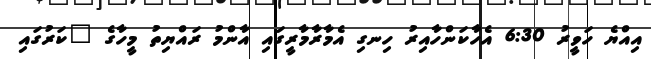
އިއްޔެ ހަވީރު 6:30 އެހާކަންހާއިރު ހިނގި އެމާރާމާރީގައި އާންމު ރައްޔިތު މީހާގެ "ކަރުގައި